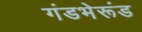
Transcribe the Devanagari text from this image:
गंडभेरूंड